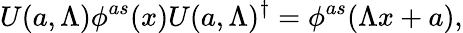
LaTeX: U(a,\Lambda)\phi^{as}(x)U(a,\Lambda)^{\dagger}=\phi^{as}(\Lambda x+a),